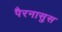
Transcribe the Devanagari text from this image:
पैरनासुस